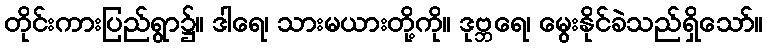
တိုင်းကားပြည်ရွာ၌။ ဒါရေ၊ သားမယားတို့ကို။ ဒုဗ္ဘရေ၊ မွေးနိုင်ခဲသည်ရှိသော်။